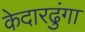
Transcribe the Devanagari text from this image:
केदारढुंगा